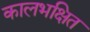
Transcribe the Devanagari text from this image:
कालभक्षित